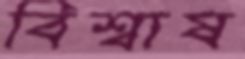
বিশ্বাষ